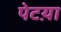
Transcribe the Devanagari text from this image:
पेटय़ा